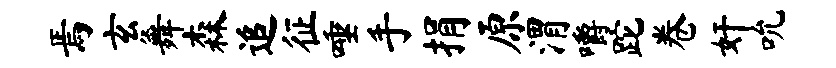
焉玄舞森追征唾手捐原渭嚼跎卷奸吮